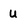
Character: U